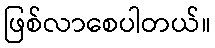
ဖြစ်လာစေပါတယ်။